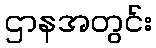
ဌာနအတွင်း